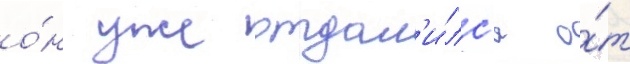
о́н уже отдал'и́лс'я о́т